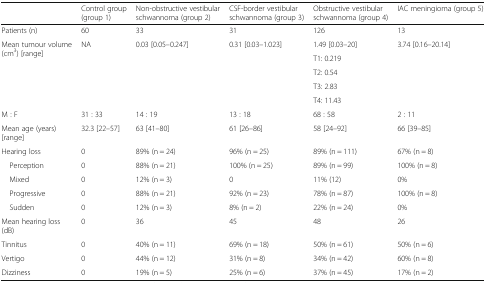
<table><thead><tr><td></td><td><b>Control group (group 1)</b></td><td><b>Non-obstructive vestibular schwannoma (group 2)</b></td><td><b>CSF-border vestibular schwannoma (group 3)</b></td><td><b>Obstructive vestibular schwannoma (group 4)</b></td><td><b>IAC meningioma (group 5)</b></td></tr></thead><tbody><tr><td>Patients (n)</td><td>60</td><td>33</td><td>31</td><td>126</td><td>13</td></tr><tr><td rowspan="5">Mean tumour volume (cm<sup>3</sup>) [range]</td><td rowspan="5">NA</td><td rowspan="5">0.03 [0.05–0.247]</td><td rowspan="5">0.31 [0.03–1.023]</td><td>1.49 [0.03–20]</td><td rowspan="5">3.74 [0.16–20.14]</td></tr><tr><td>T1: 0.219</td></tr><tr><td>T2: 0.54</td></tr><tr><td>T3: 2.83</td></tr><tr><td>T4: 11.43</td></tr><tr><td>M : F</td><td>31 : 33</td><td>14 : 19</td><td>13 : 18</td><td>68 : 58</td><td>2 : 11</td></tr><tr><td>Mean age (years) [range]</td><td>32.3 [22–57]</td><td>63 [41–80]</td><td>61 [26–86]</td><td>58 [24–92]</td><td>66 [39–85]</td></tr><tr><td>Hearing loss</td><td>0</td><td>89% (n = 24)</td><td>96% (n = 25)</td><td>89% (n = 111)</td><td>67% (n = 8)</td></tr><tr><td> Perception</td><td>0</td><td>88% (n = 21)</td><td>100% (n = 25)</td><td>89% (n = 99)</td><td>100% (n = 8)</td></tr><tr><td> Mixed</td><td>0</td><td>12% (n = 3)</td><td>0</td><td>11% (12)</td><td>0%</td></tr><tr><td> Progressive</td><td>0</td><td>88% (n = 21)</td><td>92% (n = 23)</td><td>78% (n = 87)</td><td>100% (n = 8)</td></tr><tr><td> Sudden</td><td>0</td><td>12% (n = 3)</td><td>8% (n = 2)</td><td>22% (n = 24)</td><td>0%</td></tr><tr><td>Mean hearing loss (dB)</td><td>0</td><td>36</td><td>45</td><td>48</td><td>26</td></tr><tr><td>Tinnitus</td><td>0</td><td>40% (n = 11)</td><td>69% (n = 18)</td><td>50% (n = 61)</td><td>50% (n = 6)</td></tr><tr><td>Vertigo</td><td>0</td><td>44% (n = 12)</td><td>31% (n = 8)</td><td>34% (n = 42)</td><td>60% (n = 8)</td></tr><tr><td>Dizziness</td><td>0</td><td>19% (n = 5)</td><td>25% (n = 6)</td><td>37% (n = 45)</td><td>17% (n = 2)</td></tr></tbody></table>